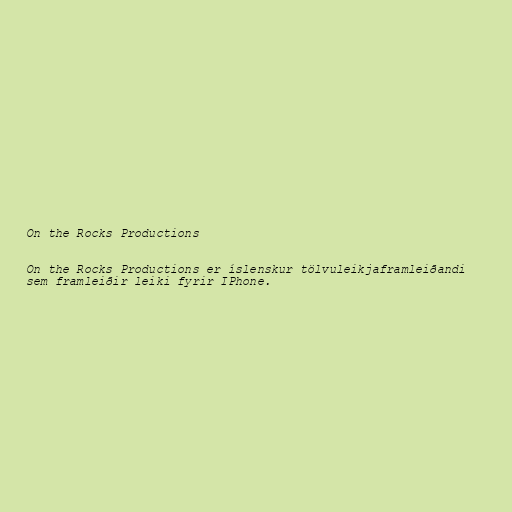
On the Rocks Productions

On the Rocks Productions er íslenskur tölvuleikjaframleiðandi
sem framleiðir leiki fyrir IPhone.